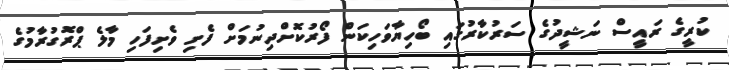
ކުރީގެ ރައީސް ނަޝީދުގެ ސަރުކާރުގައި ބޯހިޔާވަހިކަން ފޯރުކޮށްދިނުމަށް ފެށި ވެށިފަހި މާލެ ޕްރޮގުރާމުގެ